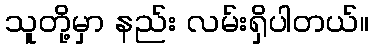
သူတို့မှာ နည်း လမ်းရှိပါတယ်။